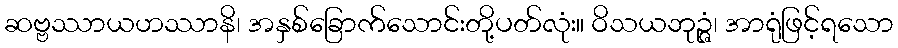
ဆဗ္ဗဿာယဟဿာနိ၊ အနှစ်ခြောက်သောင်းတို့ပတ်လုံး။ ဝိသယဘုဉ္ဇံ၊ အာရုံဖြင့်ရသော